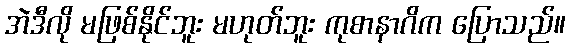
အဲဒီလို မဖြစ်နိုင်ဘူး မဟုတ်ဘူး ကုစာနာဂိက ပြောသည်။